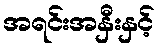
အရင်းအနှီးနှင့်